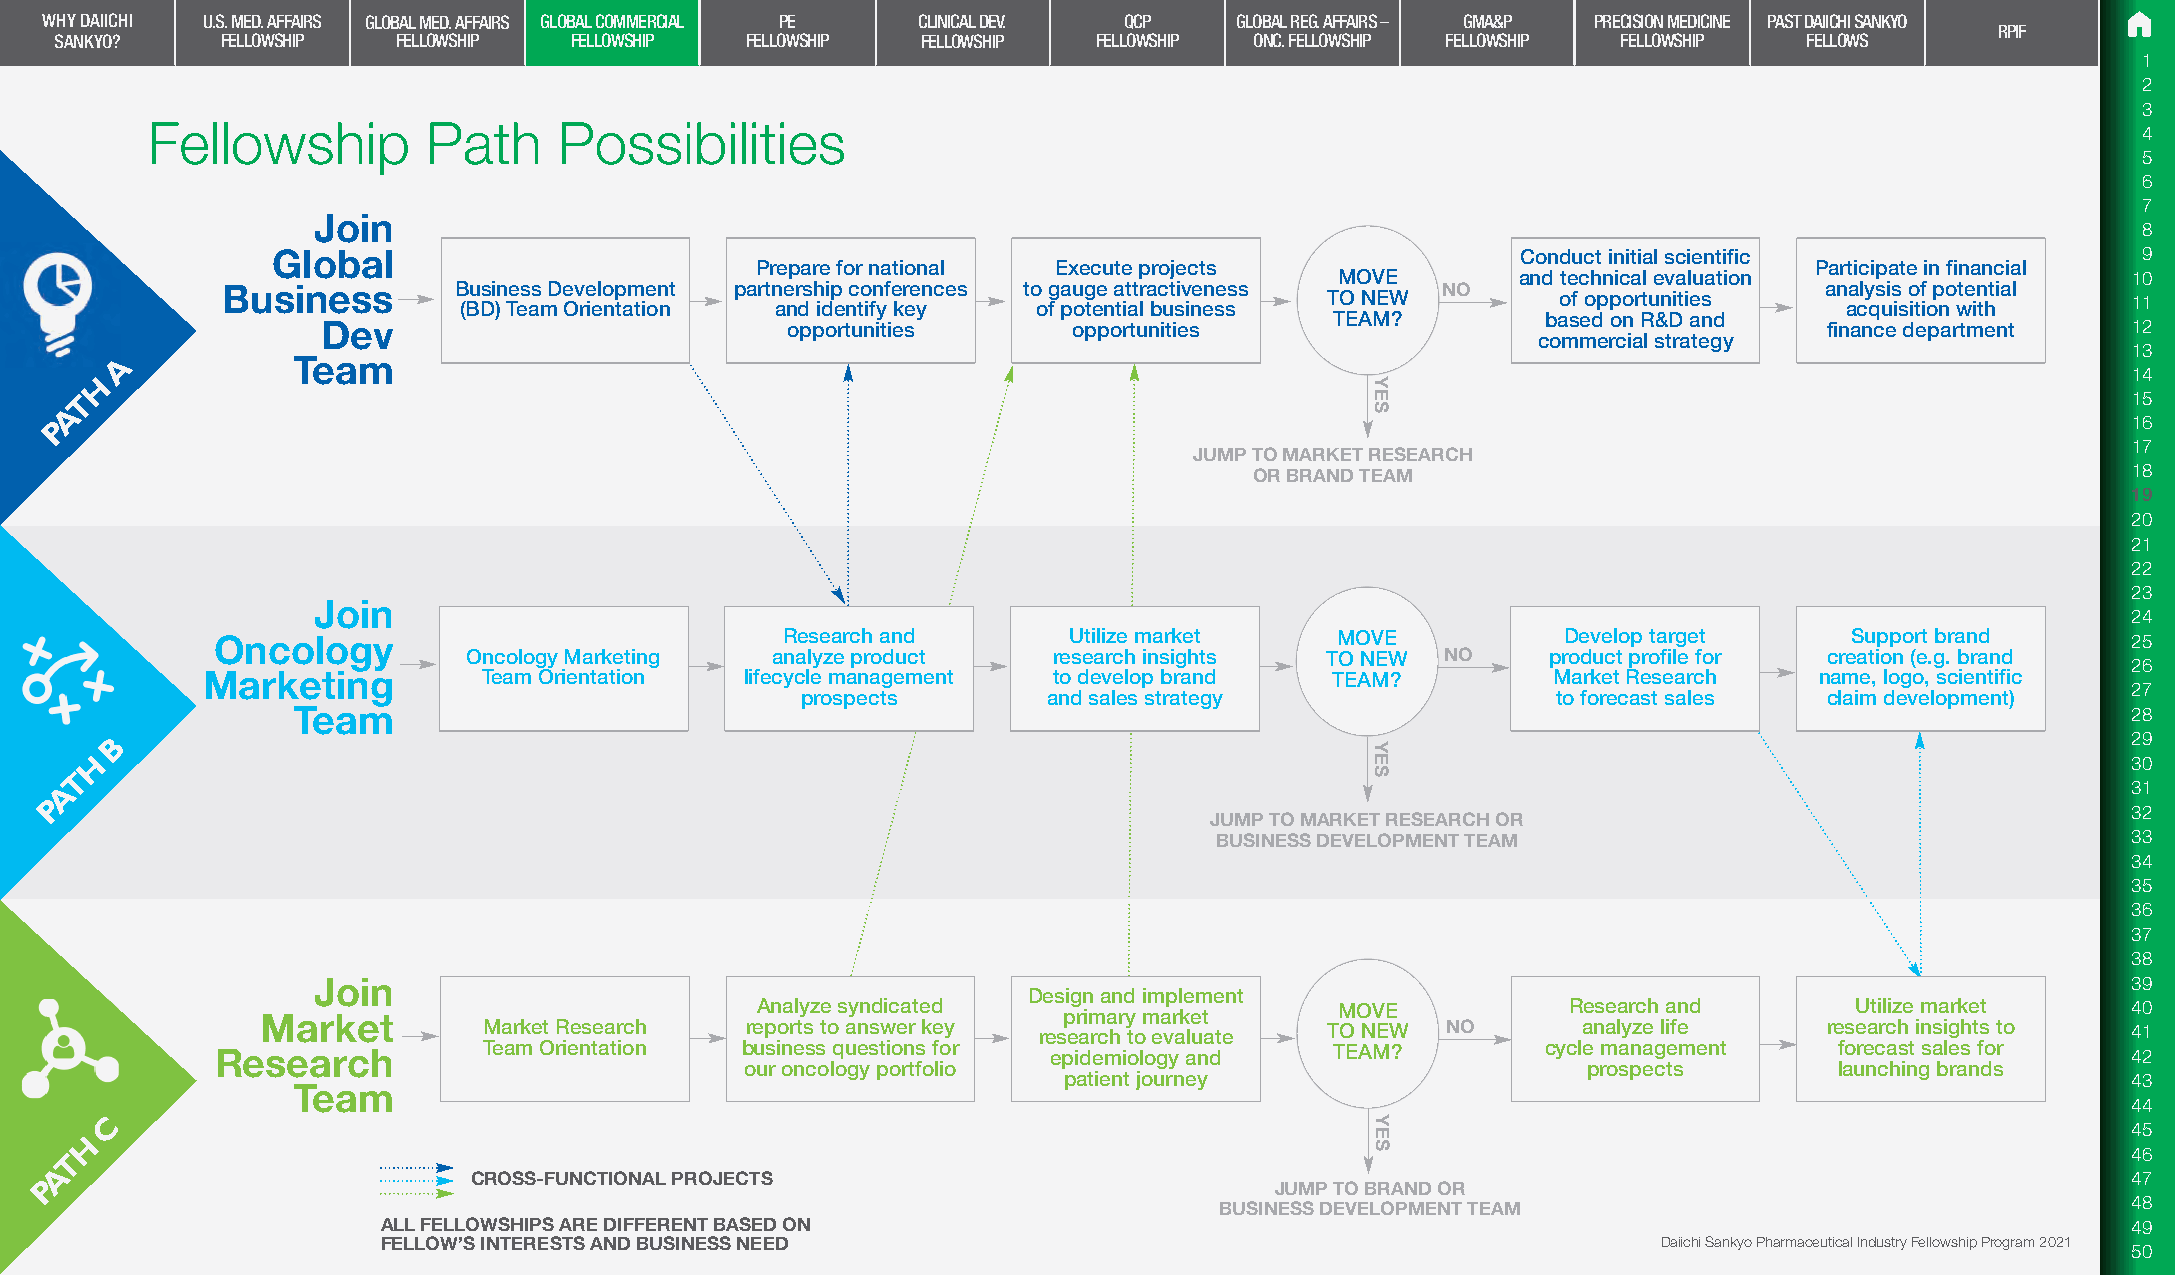
WHY DAIICHI U.S. MED. AFFAIRS GLOBAL MED. AFFAIRS GLOBAL COMMERCIAL PE CLINICAL DEV. QCP GLOBAL REG. AFFAIRS – GMA&P PRECISION MEDICINE PAST DAIICHI SANKYO
 RPIF
 SANKYO?    FELLOWSHIP FELLOWSHIP  FELLOWSHIP FELLOWSHIP  FELLOWSHIP  FELLOWSHIP ONC. FELLOWSHIP FELLOWSHIP FELLOWSHIP FELLOWS
 1
 2
 3
 Fellowship        Path     Possibilities
 4
 5
 6
 7
 Join
 8
 Global                                                                             Conduct initial scientific               9
 Prepare for national Execute projects                                 Participate in financial
 MOVE        and technical evaluation                10
 Business       Business Development partnership conferences to gauge attractiveness NO                    analysis of potential
 (BD) Team Orientation and identify key of potential business TO NEW      of opportunities   acquisition with   11
 TEAM?         based on R&D and
 Dev                            opportunities      opportunities                                     finance department  12
 commercial strategy
 13
 A          Team
 H
 14
 T                                                                                                                                       15
 A
 P                                                                                                                                         16
 17
 JUMP TO MARKET RESEARCH
 OR BRAND TEAM                                             18
 19
 20
 21
 22
 23
 Join
 24
 Oncology                              Research and       Utilize market    MOVE           Develop target     Support brand     25
 Oncology Marketing  analyze product    research insights TO NEW  NO     product profile for creation (e.g. brand
 26
 Marketing          Team Orientation lifecycle management to develop brand  TEAM?          Market Research  name, logo, scientific
 27
 prospects       and sales strategy                to forecast sales claim development)
 Team                                                                                                                      28
 B                                                                                                                                     29
 H                                                                                                                                      30
 T
 A                                                                                                                                        31
 P
 32
 JUMP TO MARKET RESEARCH OR
 BUSINESS DEVELOPMENT TEAM                                   33
 34
 35
 36
 37
 38
 Join                                                                                                                    39
 Design and implement
 Market                           Analyze syndicated  primary market     MOVE           Research and       Utilize market    40
 Market Research  reports to answer key research to evaluate TO NEW NO    analyze life    research insights to 41
 Research          Team Orientation business questions for epidemiology and TEAM?        cycle management    forecast sales for 42
 our oncology portfolio                                  prospects        launching brands
 patient journey                                                        43
 Team
 44
 C
 45
 H
 T                                                                                                                                        46
 A
 P                           CROSS-FUNCTIONAL PROJECTS                            JUMP TO BRAND OR                                         47
 BUSINESS DEVELOPMENT TEAM                                   48
 ALL FELLOWSHIPS ARE DIFFERENT BASED ON                                                                              49
 FELLOW’S INTERESTS AND BUSINESS NEED                                                 Daiichi Sankyo Pharmaceutical Industry Fellowship Program 2021
 50
 YES
 YES
 YES